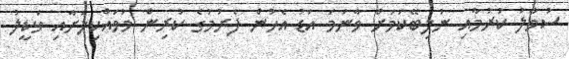
ސުވާލު ކުރުމާއި ނުލިބޭކަމަށް ވާނަމަ އަޑު އެހުން ފެށުމުގެ ކުރިން މުވައްކިލަށާއި ވަކީލު